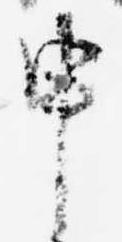
申